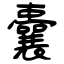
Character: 囊